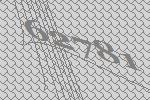
62781